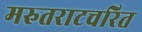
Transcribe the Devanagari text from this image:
मरुतराटचरित